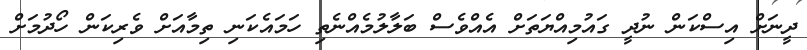
ދީނަށް އިސްކަން ނުދީ ގައުމިއްޔަތަށް އެއްވެސް ބަލާލުމެއްނެތި ހަމައެކަނި ތިމާއަށް ވެރިކަން ހޯދުމަށް